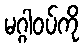
မဂ္ဂါဝပ်ကို